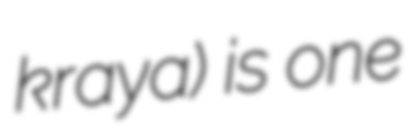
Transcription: kraya) is one